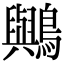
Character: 𪇬